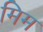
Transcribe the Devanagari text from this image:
मिम